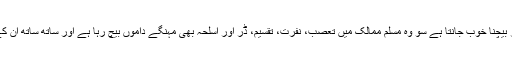
وہ ایک سرمایہ دار ہے اور اپنی چیز بیچنا خوب جانتا ہے سو وہ مسلم ممالک میں تعصب، نفرت، تقسیم، ڈر اور اسلحہ بھی مہنگے داموں بیچ رہا ہے اور ساتھ ساتھ ان کے سروں پہ جوتے بھی مار رہا ہے۔